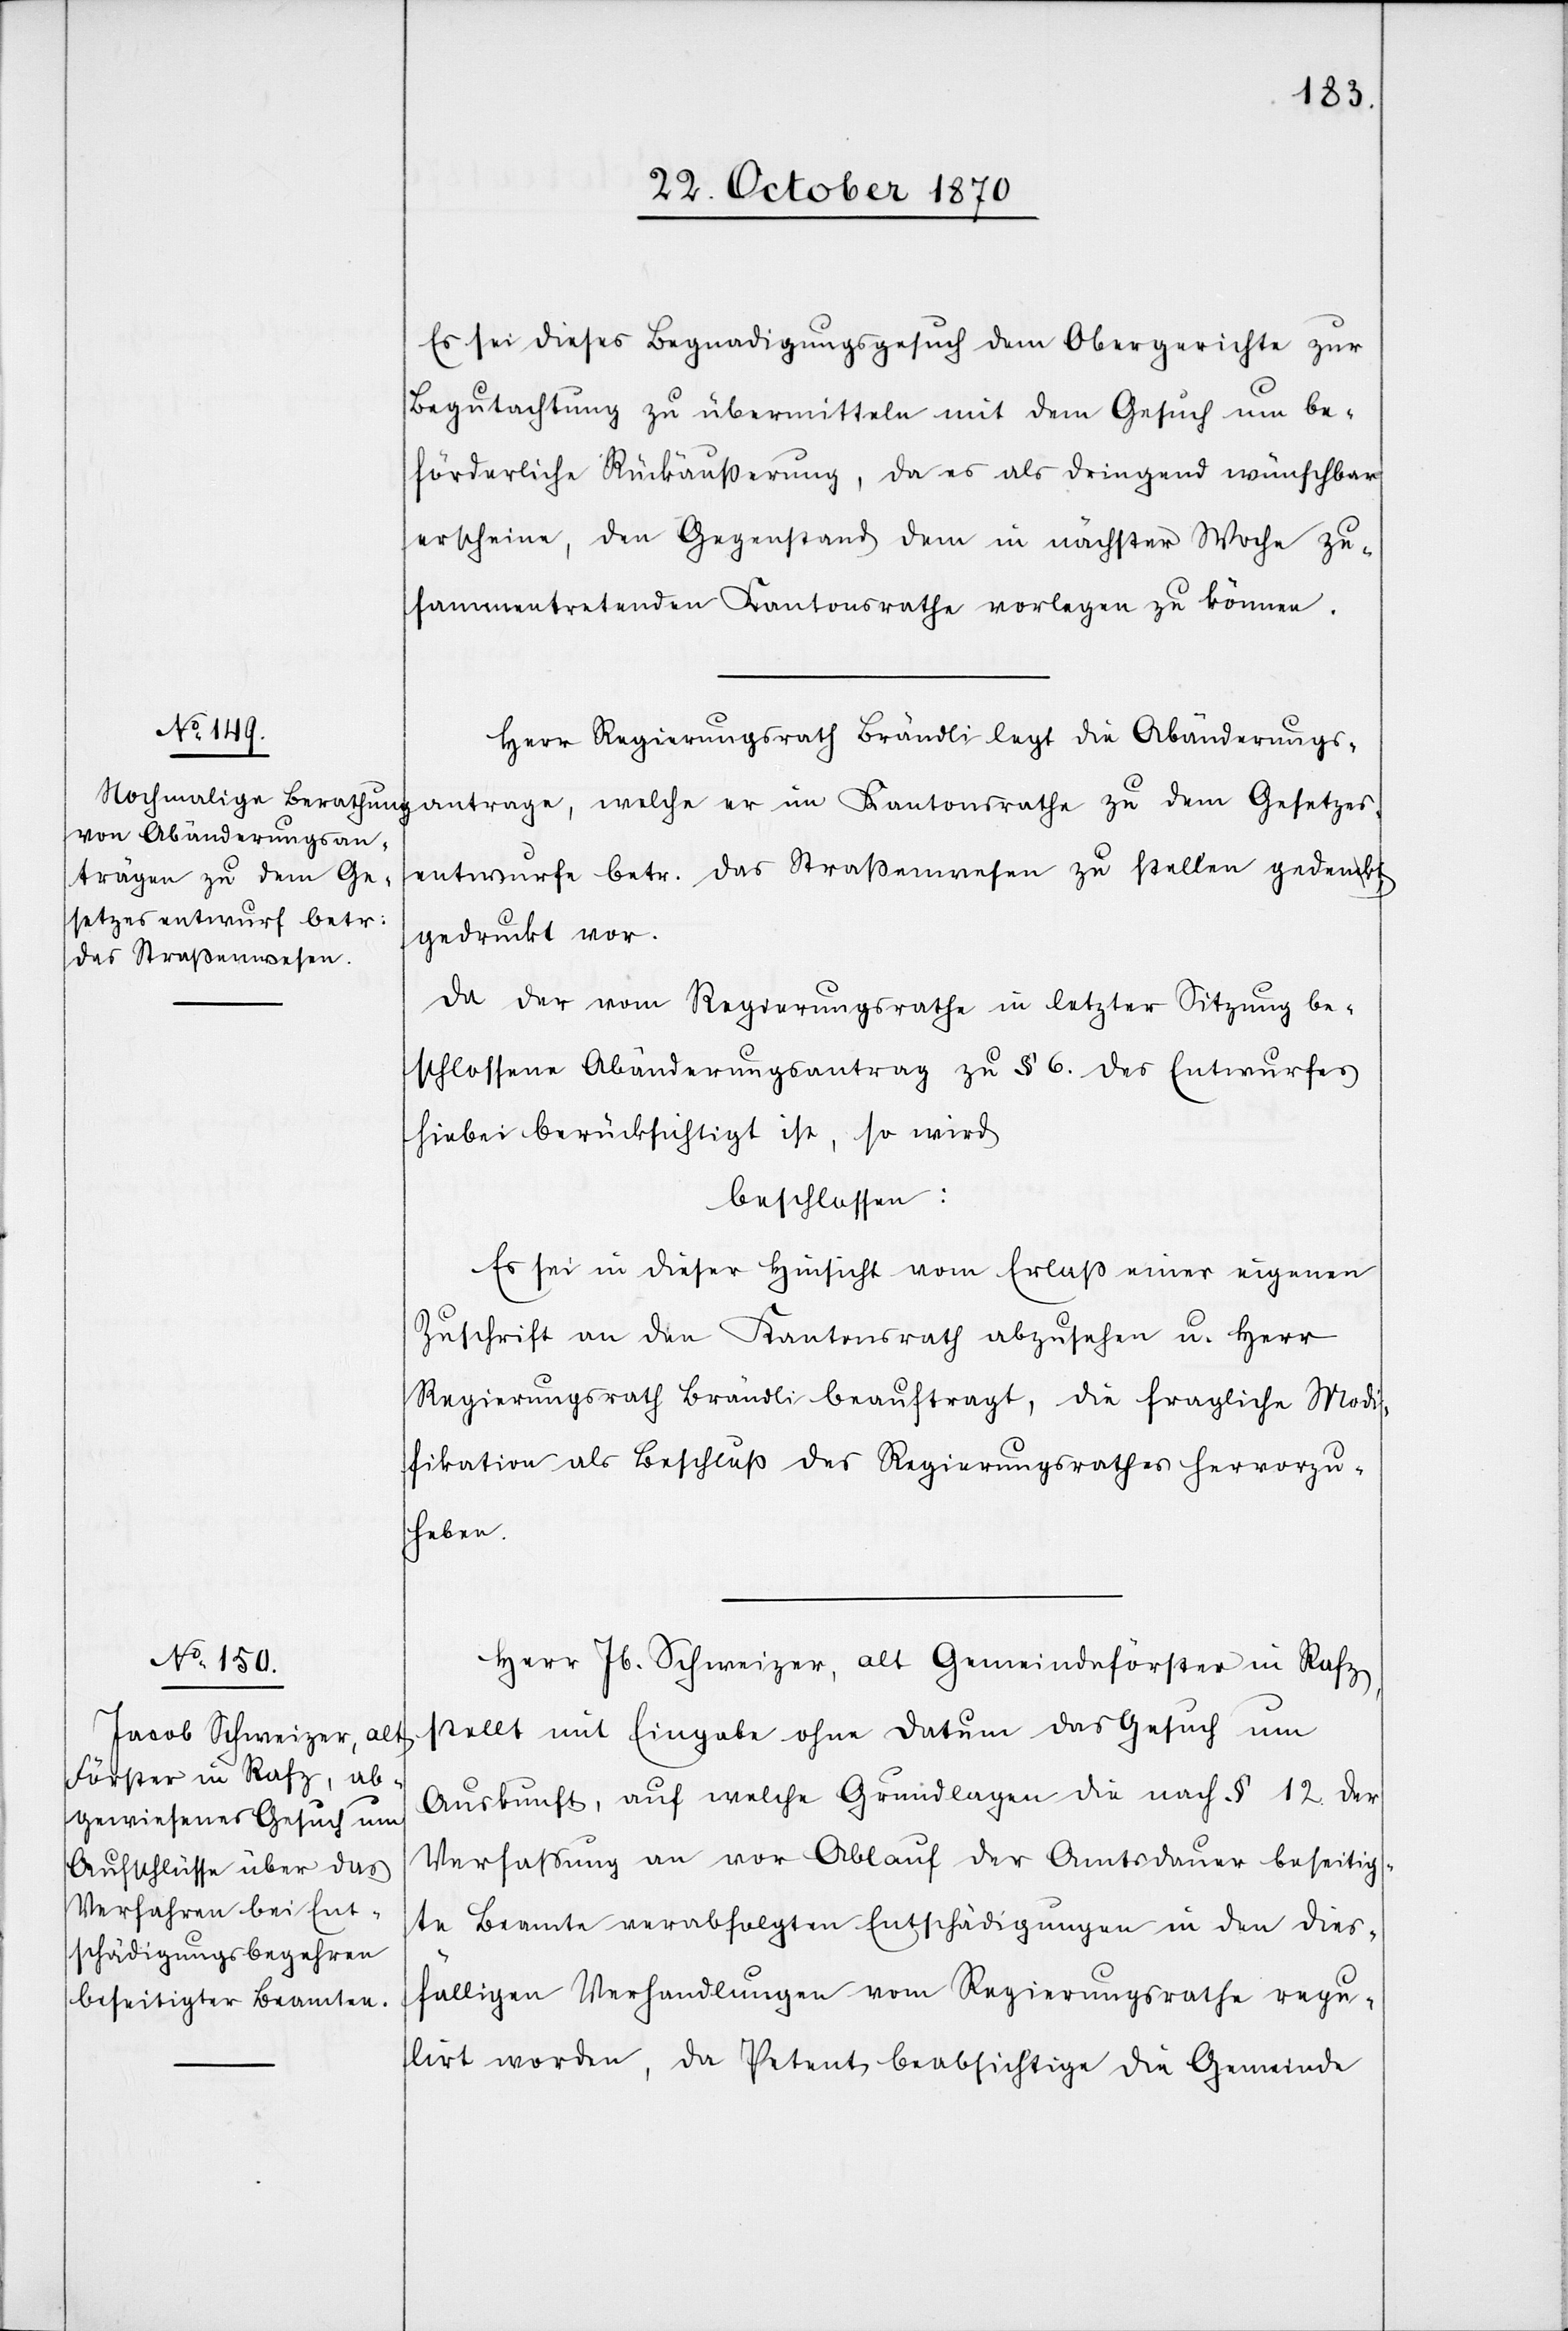
Es sei dieses Begnadigungsgesuch dem Obergerichte zur
Begutachtung zu übermitteln mit dem Gesuch um be¬
förderliche Rückäußerung, da es als dringend wünschbar
erscheine, den Gegenstand dem in nächster Woche zu¬
sammentretenden Kantonsrathe vorlegen zu können.
Herr Regierungsrath Brändli legt die Abänderungs¬
anträge, welche er im Kantonsrathe zu dem Gesetzes¬
entwurfe betr. das Straßenwesen zu stellen gedenkt,
gedruckt vor.
Da der vom Regierungsrathe in letzter Sitzung be¬
schlossene Abänderungsantrag zu § 6. des Entwurfes
hiebei berücksichtigt ist, so wird
beschlossen:
Es sei in dieser Hinsicht vom Erlaß einer eigenen
Zuschrift an den Kantonsrath abzusehen u. Herr
Regierungsrath Brändli beauftragt, die fragliche Modi¬
fikation als Beschluß des Regierungsrathes hervorzu¬
heben.
Herr Jb. Schweizer, alt Gemeindeförster in Rafz,
stellt mit Eingabe ohne Datum das Gesuch um
Auskunft, auf welchen Grundlagen die nach § 12 der
Verfassung an vor Ablauf der Amtsdauer beseitig¬
te Beamte verabfolgten Entschädigungen in den dies¬
fälligen Verhandlungen vom Regierungsrathe regu¬
lirt worden, da Petent beabsichtige die Gemeinde